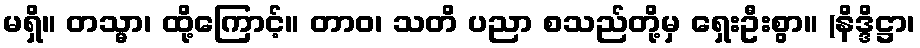
မရှိ။ တသ္မာ၊ ထို့ကြောင့်။ တာဝ၊ သတိ ပညာ စသည်တို့မှ ရှေးဦးစွာ။ (နိဒ္ဒိဋ္ဌာ၊